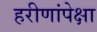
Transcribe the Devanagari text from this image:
हरीणांपेक्षा